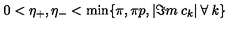
0 < \eta _ { + } , \eta _ { - } < \min \{ \pi , \pi p , | \Im m \: c _ { k } | \: \forall \: k \}